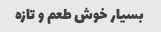
بسیار خوش طعم و تازه